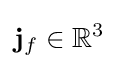
\mathbf {j} _{f}\in \mathbb {R} ^{3}